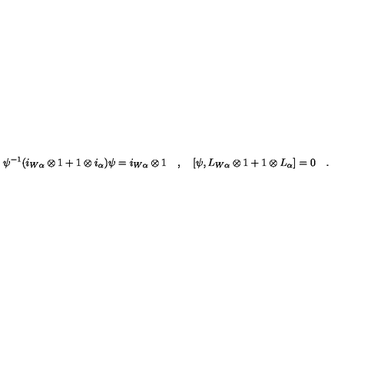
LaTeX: \psi ^ { - 1 } ( i _ { W \alpha } \otimes 1 + 1 \otimes i _ { \alpha } ) \psi = i _ { W \alpha } \otimes 1 \quad , \quad [ \psi , L _ { W \alpha } \otimes 1 + 1 \otimes L _ { \alpha } ] = 0 \quad .